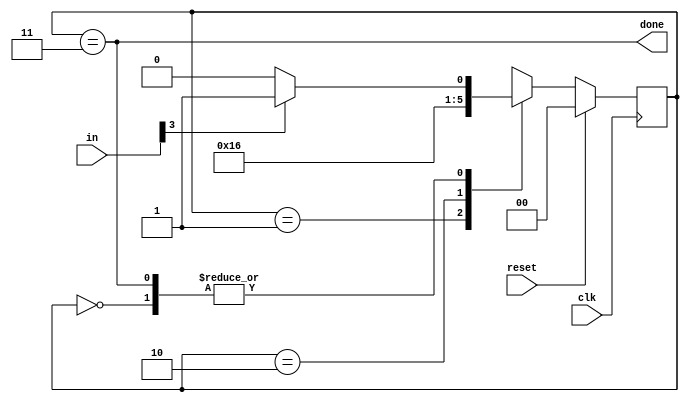
module top_module(
    input clk,
    input [7:0] in,
    input reset,    // Synchronous reset
    output done); //
    reg [1:0] state, next_state;
    parameter s0=0, s1=1, s2=2, s3=3;

    // State transition logic (combinational)
    always @ (*) begin
        case (state)
            s0: next_state=in[3]?s1:s0;
            s1: next_state=s2;
            s2: next_state=s3;
            s3: next_state=in[3]?s1:s0;
            default:next_state=s0;
        endcase
    end
    // State flip-flops (sequential)

    always @ (posedge clk) begin
        if (reset)
            state <= s0;
        else
            state <= next_state;
    end
    // Output logic

    assign done = state==s3;
endmodule